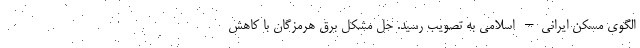
الگوی مسکن ایرانی– اسلامی به تصویب رسید. حل مشکل برق هرمزگان با کاهش